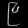
Digit: ၉